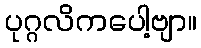
ပုဂ္ဂလိကပေါ့ဗျာ။